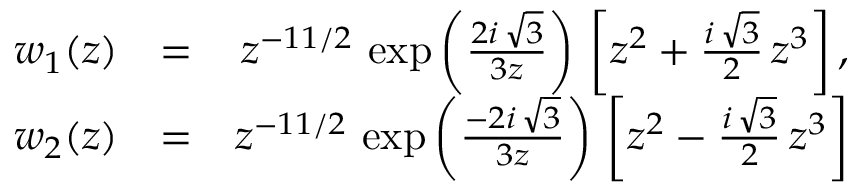
\begin{array} { r l r } { w _ { 1 } ( z ) } & { = } & { z ^ { - 1 1 / 2 } \, \exp \left( \frac { 2 i \, \sqrt { 3 } } { 3 z } \right) \, \left[ z ^ { 2 } + \frac { i \, \sqrt { 3 } } { 2 } \, z ^ { 3 } \right] , } \\ { w _ { 2 } ( z ) } & { = } & { z ^ { - 1 1 / 2 } \, \exp \left( \frac { - 2 i \, \sqrt { 3 } } { 3 z } \right) \, \left[ z ^ { 2 } - \frac { i \, \sqrt { 3 } } { 2 } \, z ^ { 3 } \right] } \end{array}